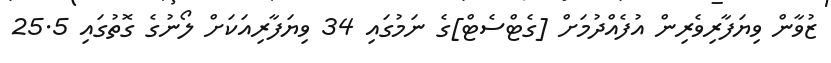
ޒުވާން ވިޔަފާރިވެރިން އުފެއްދުމަށް [ގެޓްސެޓް]ގެ ނަމުގައި 34 ވިޔަފާރިއަކަށް ލޯނުގެ ގޮތުގައި 25.5